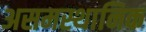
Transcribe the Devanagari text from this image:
असमस्थानिक